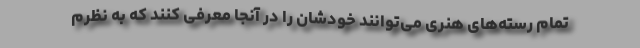
تمام رسته‌های هنری می‌توانند خودشان را در آنجا معرفی کنند که به نظرم